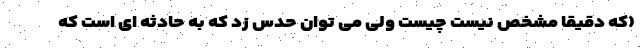
(که دقیقا مشخص نیست چیست ولی می توان حدس زد که به حادثه ای است که